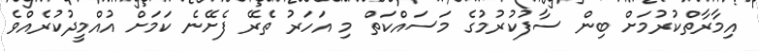
އިމާރާތްކުރުމަށް ބިން ސާފުކުރުމުގެ މަސައްކަތް މި އަހަރު ތެރޭ ފެށޭނެ ކަމަށް އުއްމީދުކުރެއްވެ